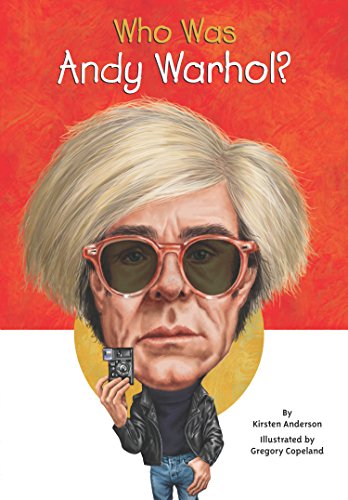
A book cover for Who Was Andy Warhol?; Kirsten Anderson; Children's Books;